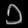
Digit: ၁